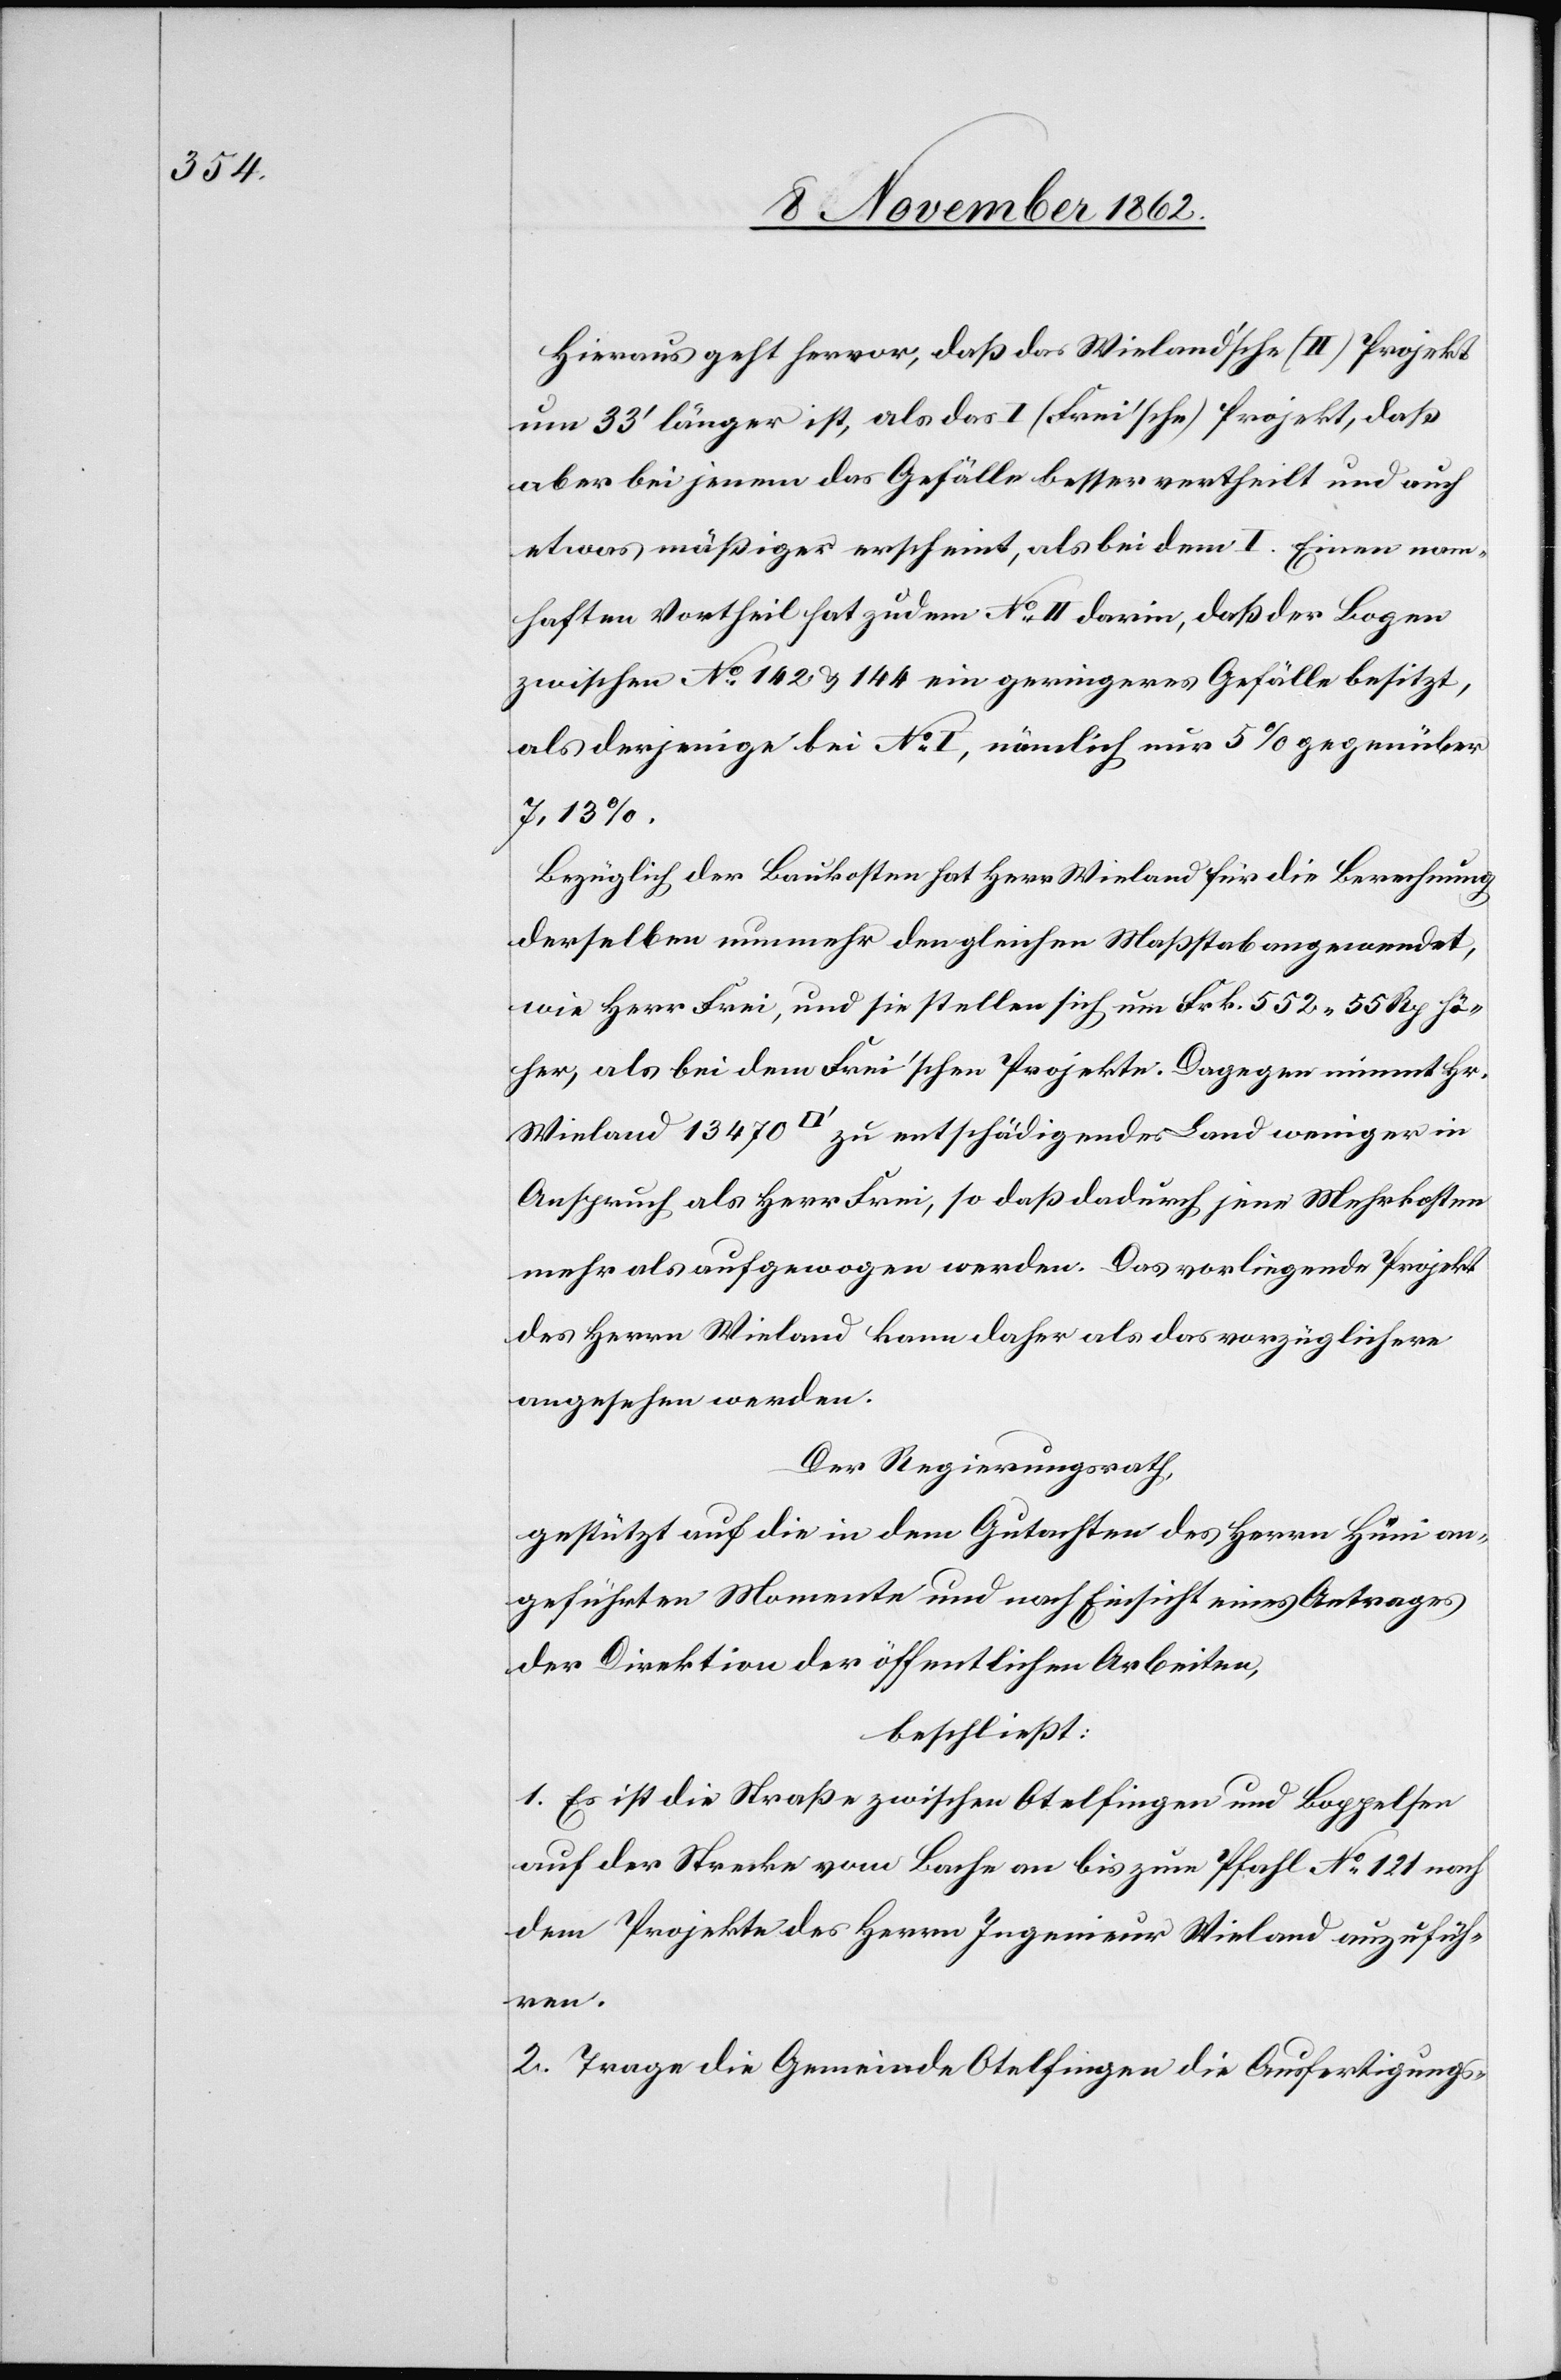
Hieraus geht hervor, daß das Wieland’sche (II) Projekt
um 33’ länger ist, als das I (Frei’sche) Projekt, daß
aber bei jenem das Gefälle besser vertheilt und auch
etwas mäßiger erscheint, als bei dem I. Einen nam¬
haften Vortheil hat zudem No II darin, daß der Bogen
zwischen No 142 u. 144 ein geringeres Gefälle besitzt,
als derjenige bei No I, nämlich nur 5% gegenüber
Bezüglich der Baukosten hat Herr Wieland für die Berechnung
derselben nunmehr den gleichen Maßstab angewendet,
wie Herr Frei, und sie stellen sich um Frk. 552 55 Rp. hö¬
her, als bei dem Frei’schen Projekte. Dagegen nimmt Hr.
Wieland 13 470 [Quadratfuß] zu entschädigendes Land weniger in
Anspruch als Herr Frei, so daß dadurch jene Mehrkosten
mehr als aufgewogen werden. Das vorliegende Projekt
des Herrn Wieland kann daher als das vorzüglichere
Angesehen werden.
Der Regierungsrath,
gestützt auf die in dem Gutachten des Herrn Hüni an¬
geführten Momente und nach Einsicht eines Antrages
der Direktion der öffentlichen Arbeiten,
beschließt:
1. Es ist die Straße zwischen Otelfingen und Boppelsen
auf der Strecke vom Bache an bis zum Pfahl No 121 nach
dem Projekte des Herrn Ingenieur Wieland anzufüh¬
ren.
2. Trage die Gemeinde Otelfingen die Ausfertigungs-